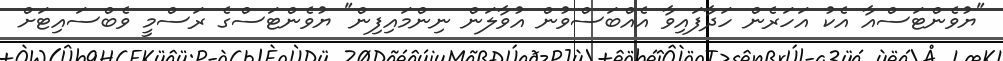
"ޔުވެންޓަސްއާ އެކު އަހަރެން ހަދާފައިވާ އެއްބަސްވުން އުވާލަން ނިންމައިފިން" ޔުވެންޓަސްގެ ރަސްމީ ވެބްސައިޓަށް